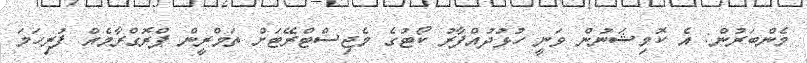
މެންބަރުން: އެ ކޮމިޝަނުން ވަނީ ހުޅުދުއްފާރު ކޯޓުގެ މެޖިސްޓްރޭޓަށް ތަމްރީން ޕްރޮގްރާމެއް ފުރިހަމަ